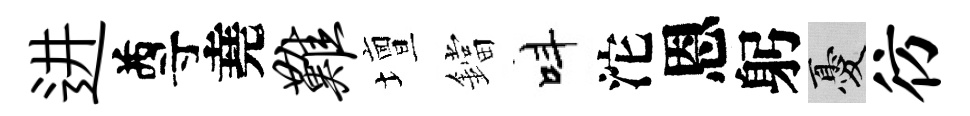
进尊堯难壇鐺呌沱恩躬憂彷